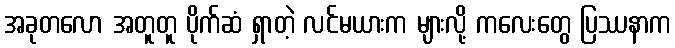
အခုတလော အတူတူ ပိုက်ဆံ ရှာတဲ့ လင်မယားက များလို့ ကလေးတွေ ပြဿနာက